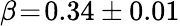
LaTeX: \beta\! =\! 0.34\pm 0.01